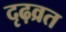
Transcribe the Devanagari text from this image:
दृढ़व्रत